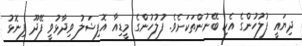
ދިޔައީ ފުލުހުންގެ އެކި ބޭނުންތަކަށެވެ. ފުލުހުންގެ މީޑިއާ އޮފިޝަލު ވިދާޅުވީ ފޭދޫ ފިނޮޅު